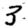
Digit: 3